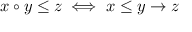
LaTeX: x \circ y \leq z \iff x \leq y \to z